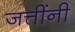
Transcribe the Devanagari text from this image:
जत्तींनी